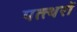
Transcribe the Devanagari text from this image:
पत्त्थरों